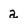
Character: a